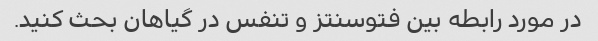
در مورد رابطه بین فتوسنتز و تنفس در گیاهان بحث کنید.